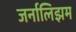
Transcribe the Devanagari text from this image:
जर्नालिझम